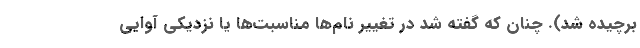
برچیده شد). چنان که گفته شد در تغییر نام‌ها مناسبت‌ها یا نزدیکی آوایی